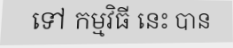
ទៅ កម្មវិធី នេះ បាន